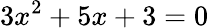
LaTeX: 3x^{2}+5x+3=0